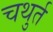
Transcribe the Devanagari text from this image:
चथुर्त